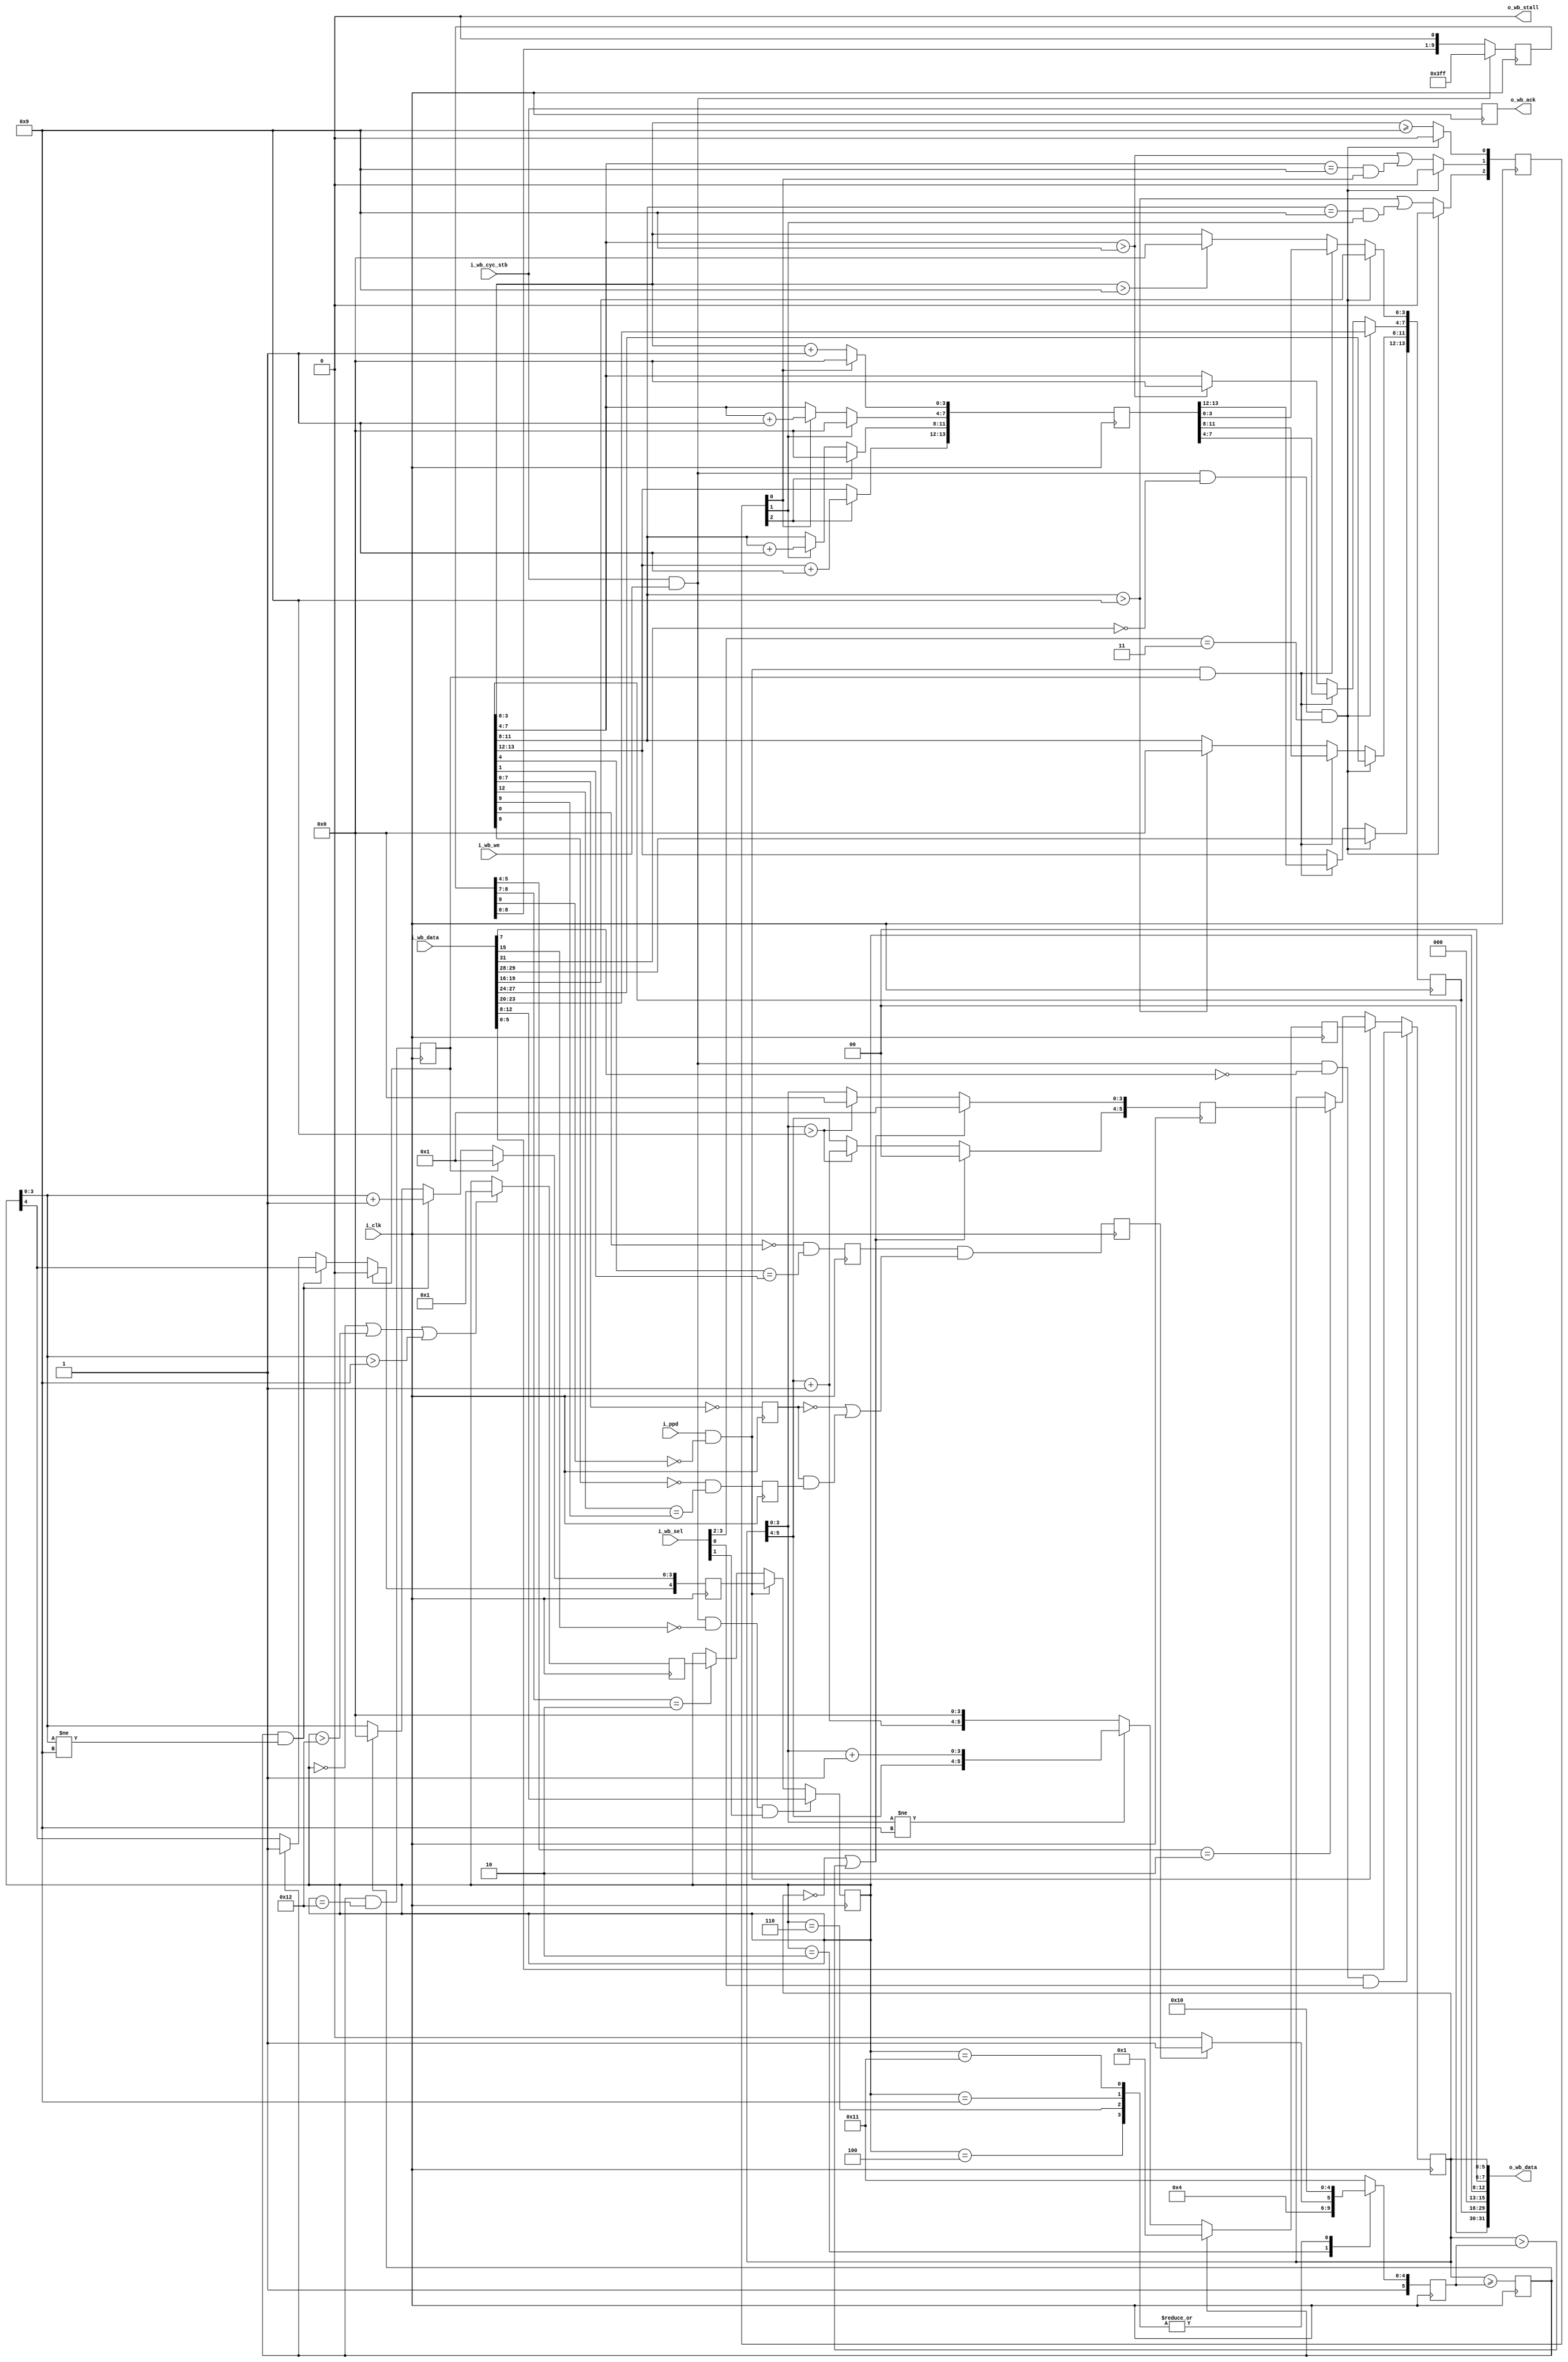
////////////////////////////////////////////////////////////////////////////////
//
//
// Project:	ZipVersa, Versa Brd implementation using ZipCPU infrastructure
//
// Purpose:
//	This core provides a real-time date function that can be coupled with
//	a real-time clock.  The date provided is in Binary Coded Decimal (bcd)
//	form, and available for reading and writing over the Wishbone Bus.
//
// WARNING: Race conditions exist when updating the date across the Wishbone
//	bus at or near midnight.  (This should be obvious, but it bears
//	stating.)  Specifically, if the update command shows up at the same
//	clock as the ppd clock, then the ppd clock will be ignored and the
//	new date will be the date of the day following midnight.  However,
// 	if the update command shows up one clock before the ppd, then the date
//	may be updated, but may have problems dealing with the last day of the
//	month or year.  To avoid race conditions, update the date sometime
//	after the stroke of midnight and before 5 clocks before the next
// 	midnight.  If you are concerned that you might hit a race condition,
//	just read the clock again (5+ clocks later) to make certain you set
//	it correctly.
//
//
// Creator:	Dan Gisselquist, Ph.D.
//		Gisselquist Technology, LLC
//
////////////////////////////////////////////////////////////////////////////////
//
// Copyright (C) 2019, Gisselquist Technology, LLC
//
// This program is free software (firmware): you can redistribute it and/or
// modify it under the terms of  the GNU General Public License as published
// by the Free Software Foundation, either version 3 of the License, or (at
// your option) any later version.
//
// This program is distributed in the hope that it will be useful, but WITHOUT
// ANY WARRANTY; without even the implied warranty of MERCHANTIBILITY or
// FITNESS FOR A PARTICULAR PURPOSE.  See the GNU General Public License
// for more details.
//
// You should have received a copy of the GNU General Public License along
// with this program.  (It's in the $(ROOT)/doc directory.  Run make with no
// target there if the PDF file isn't present.)  If not, see
// <http://www.gnu.org/licenses/> for a copy.
//
// License:	GPL, v3, as defined and found on www.gnu.org,
//		http://www.gnu.org/licenses/gpl.html
//
//
////////////////////////////////////////////////////////////////////////////////
//
//
`default_nettype	none
//
module rtcdate(i_clk, i_ppd, i_wb_cyc_stb, i_wb_we, i_wb_data, i_wb_sel,
		o_wb_stall, o_wb_ack, o_wb_data);
	input	wire		i_clk;
	// A one part per day signal, i.e. basically a clock enable line that
	// controls when the beginning of the day happens.  This line should
	// be high on the very last second of any day in order for the rtcdate
	// module to always have the right date.
	input	wire		i_ppd;
	// Wishbone inputs
	input	wire		i_wb_cyc_stb, i_wb_we;
	input	wire	[31:0]	i_wb_data;
	input	wire	[3:0]	i_wb_sel;
	// Wishbone outputs
	output	wire		o_wb_stall;
	output	reg		o_wb_ack;
	output	wire	[31:0]	o_wb_data;

	wire		update;
	reg	[9:0]	r_block_updates;
	initial	r_block_updates = 10'h3ff;
	always @(posedge i_clk)
		if ((i_wb_we)&&(i_wb_cyc_stb))
			r_block_updates <= 10'h3ff;
		else
			r_block_updates <= { r_block_updates[8:0], 1'b0 };
	assign	update = (i_ppd)&&(!r_block_updates[9]);

	reg	[5:0]	r_day;
	reg	[4:0]	r_mon;
	reg	[13:0]	r_year;

	reg		last_day_of_month, last_day_of_year, is_leap_year;
	reg	[5:0]	days_per_month;
	initial	days_per_month = 6'h31; // Remember, this is BCD
	always @(posedge i_clk)
	begin // Clock 3
		case(r_mon)
		5'h01: days_per_month <= 6'h31; // Jan
		5'h02: days_per_month <= (is_leap_year)? 6'h29:6'h28;
		5'h03: days_per_month <= 6'h31; // March
		5'h04: days_per_month <= 6'h30; // April
		5'h05: days_per_month <= 6'h31; // May
		5'h06: days_per_month <= 6'h30; // June
		5'h07: days_per_month <= 6'h31; // July
		5'h08: days_per_month <= 6'h31; // August
		5'h09: days_per_month <= 6'h30; // Sept
		5'h10: days_per_month <= 6'h31; // October
		5'h11: days_per_month <= 6'h30; // November
		5'h12: days_per_month <= 6'h31; // December
		default: days_per_month <= 6'h31; // Invalid month
		endcase
	end

	initial	last_day_of_month = 1'b0;
	always @(posedge i_clk) // Clock 4
		last_day_of_month <= (r_day >= days_per_month);

	initial	last_day_of_year = 1'b0;
	always @(posedge i_clk) // Clock 5
		last_day_of_year <= (last_day_of_month) && (r_mon == 5'h12);


	reg	year_divisible_by_four, century_year, four_century_year;
	initial	year_divisible_by_four = 1'b0;
	initial	century_year      = 1'b0;
	initial	four_century_year = 1'b0;
	initial	is_leap_year      = 1'b0;
	always @(posedge i_clk) // Clock 1
		year_divisible_by_four<= ((!r_year[0])&&(r_year[4]==r_year[1]));
	always @(posedge i_clk) // Clock 1
		century_year <= (r_year[7:0] == 8'h00);
	always @(posedge i_clk) // Clock 1
		four_century_year <= ((!r_year[8])&&((r_year[12]==r_year[9])));
	always @(posedge i_clk) // Clock 2
		is_leap_year <= (year_divisible_by_four)&&((!century_year)
			||((century_year)&&(four_century_year)));

	// Adjust the day of month
	reg	[5:0]	next_day, fixd_day;
	initial	next_day = 6'h01;
	always @(posedge i_clk)
		if (last_day_of_month)
			next_day <= 6'h01;
		else if (r_day[3:0] != 4'h9)
			next_day <= { r_day[5:4], (r_day[3:0]+4'h1) };
		else
			next_day <= { (r_day[5:4]+2'h1), 4'h0 };

	initial	fixd_day = 6'h01;
	always @(posedge i_clk)
	begin
		if ((r_day == 0)||(r_day > days_per_month))
			fixd_day <= 6'h01;
		else if (r_day[3:0] > 4'h9)
		begin
			fixd_day[3:0] <= 4'h0;
			fixd_day[5:4] <= r_day[5:4] + 1'b1;
		end else
			fixd_day <= r_day;
	end

	initial	r_day = 6'h01;
	always @(posedge i_clk)
	begin // Depends upon 9 inputs
		if (update)
			r_day <= next_day;
		else if (r_block_updates[5:4] == 2'b10)
			r_day <= fixd_day;

		if ((i_wb_cyc_stb)&&(i_wb_we)&&(!i_wb_data[7])&&(i_wb_sel[0]))
			r_day <= i_wb_data[5:0];
	end

	// Adjust the month of the year
	reg	[4:0]	next_mon, fixd_mon;
	initial	next_mon = 5'h01;
	always @(posedge i_clk)
		if (last_day_of_year)
			next_mon <= 5'h01;
		else if ((last_day_of_month)&&(r_mon[3:0] != 4'h9))
			next_mon <= { r_mon[4], (r_mon[3:0] + 4'h1) };
		else if (last_day_of_month)
		begin
			next_mon[3:0] <= 4'h0;
			next_mon[4] <= 1;
		end else
			next_mon <= r_mon;

	initial	fixd_mon = 5'h01;
	always @(posedge i_clk)
		if ((r_mon == 0)||(r_mon > 5'h12)||(r_mon[3:0] > 4'h9))
			fixd_mon <= 5'h01;
		else
			fixd_mon <= r_mon;
	initial	r_mon = 5'h01;
	always @(posedge i_clk)
	begin // Depeds upon 9 inputs
		if (update)
			r_mon <= next_mon;
		else if (r_block_updates[8:7] == 2'b10)
			r_mon <= fixd_mon;

		if ((i_wb_cyc_stb)&&(i_wb_we)&&(!i_wb_data[15])&&(i_wb_sel[1]))
			r_mon <= i_wb_data[12:8];
	end

	// Adjust the year
	reg	[13:0]	next_year;
	reg	[2:0]	next_year_c;
	initial	next_year   = 14'h2000;
	initial	next_year_c = 0;
	always @(posedge i_clk)
	begin // Takes 5 clocks to propagate
		next_year_c[0] <= (r_year[ 3: 0]>=4'h9);
		next_year_c[1] <= (r_year[ 7: 4]>4'h9)||((r_year[ 7: 4]==4'h9)&&(next_year_c[0]));
		next_year_c[2] <= (r_year[11: 8]>4'h9)||((r_year[11: 8]==4'h9)&&(next_year_c[1]));
		next_year[ 3: 0] <= (next_year_c[0])? 4'h0:(r_year[ 3: 0]+4'h1);
		next_year[ 7: 4] <= (next_year_c[1])? 4'h0:
					(next_year_c[0])?(r_year[ 7: 4]+4'h1)
					: (r_year[7:4]);
		next_year[11: 8] <= (next_year_c[2])? 4'h0:
					(next_year_c[1])?(r_year[11: 8]+4'h1)
					: (r_year[11: 8]);
		next_year[13:12] <= (next_year_c[2])?(r_year[13:12]+2'h1):r_year[13:12];


		if ((i_wb_cyc_stb)&&(i_wb_we)&&(!i_wb_data[31])
				&&(i_wb_sel[3:2]==2'b11))
			next_year_c <= 3'h0;
	end

	initial	r_year = 14'h2000;
	always @(posedge i_clk)
	begin // 11 inputs
		// Deal with any out of bounds conditions
		if (r_year[3:0] > 4'h9)
			r_year[3:0] <= 4'h0;
		if (r_year[7:4] > 4'h9)
			r_year[7:4] <= 4'h0;
		if (r_year[11:8] > 4'h9)
			r_year[11:8] <= 4'h0;
		if ((update)&&(last_day_of_year))
			r_year <= next_year;

		if ((i_wb_cyc_stb)&&(i_wb_we)&&(!i_wb_data[31])
				&&(i_wb_sel[3:2]==2'b11))
			r_year <= i_wb_data[29:16];
	end

	always @(posedge i_clk)
		o_wb_ack <= (i_wb_cyc_stb);
	assign	o_wb_stall = 1'b0;
	assign	o_wb_data = { 2'h0, r_year, 3'h0, r_mon, 2'h0, r_day };

	// Make Verilator happy
	// verilator lint_off UNUSED
	wire	[3:0]	unused;
	assign	unused = { i_wb_data[30], i_wb_data[14:13], i_wb_data[6] };
	// verilator lint_on  UNUSED

`ifdef	FORMAL
`ifdef	RTCDATE
`define	ASSUME	assume
	reg	f_last_clk;
	initial	assume(f_last_clk == 1);
	initial	assume(i_clk == 0);
	always @($global_clock)
	begin
		assume(i_clk != f_last_clk);
		f_last_clk <= !f_last_clk;
	end
`else
`define	ASSUME	assert
`endif
	reg	f_past_valid;
	initial	f_past_valid = 1'b0;
	always @(posedge i_clk)
		f_past_valid <= 1'b1;

	initial	`ASSUME(!i_wb_cyc_stb);
	initial	assume(!i_wb_we);
	initial	assume(!i_wb_sel);
	initial	`ASSUME(!i_ppd);

	always @(posedge i_clk)
		if (f_past_valid)
			assert(o_wb_ack == $past(i_wb_cyc_stb));

	reg	[8:0]	f_past_ppd;
	initial	f_past_ppd = 8'h00;
	always @(posedge i_clk)
		if (i_ppd)
			f_past_ppd <= 9'h1ff;
		else
			f_past_ppd <= { f_past_ppd[7:0], 1'b0 };
	always @(posedge i_clk)
		if (|f_past_ppd)
			`ASSUME(!i_ppd);

	always @(posedge i_clk)
	if (!r_block_updates[9])
	begin
		assert(r_day[3:0] <= 4'h9);
		assert(r_day > 0);
		assert(r_day <= days_per_month);
		assert(days_per_month > 6'h27);
		assert(days_per_month[3:0] <= 4'h9);
		if ((f_past_valid)&&(!$past(i_ppd)))
		begin
			assert((r_mon == 5'h02)||
				(days_per_month == 6'h31)||(days_per_month == 6'h30));
			assert((r_mon != 5'h02)||
				(days_per_month == 6'h28)||(days_per_month == 6'h29));
		end

		if (r_mon[4])
		begin
			assert(r_mon[3:2]==0);
			assert(r_mon[1:0]!=2'b11);
		end else begin
			assert(r_mon[3:0]<=4'h9);
		end

		assert(r_year[ 3: 0] <= 4'h9);
		assert(r_year[ 7: 4] <= 4'h9);
		assert(r_year[11: 8] <= 4'h9);
	end

`endif
endmodule